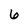
Character: 6